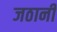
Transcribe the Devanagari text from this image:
जठानी